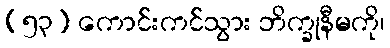
(၅၃) ကောင်းကင်သွား ဘိက္ခုနီမကို၊